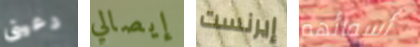
دعينى إيصالي إيرنست أسمائهم